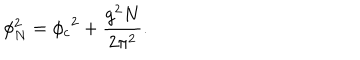
LaTeX: \phi _ { N } ^ { 2 } = { \phi _ { c } } ^ { 2 } + { \frac { g ^ { 2 } N } { 2 \pi ^ { 2 } } } .